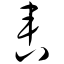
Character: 軎